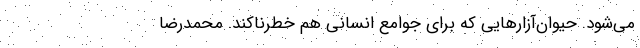
می‌شود. حیوان‌آزارهایی که برای جوامع انسانی هم خطرناکند. محمدرضا